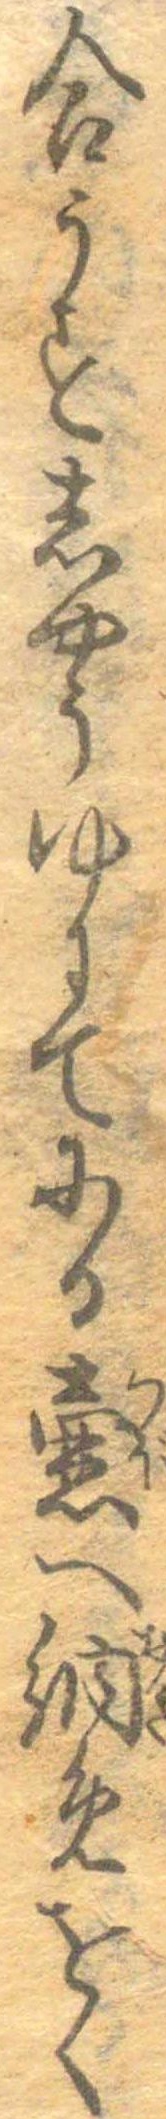
合うすしやうゆにてにる壼へ納めをく